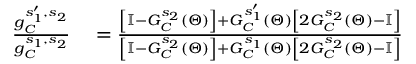
\begin{array} { r l } { \frac { g _ { C } ^ { s _ { 1 } ^ { \prime } , s _ { 2 } } } { g _ { C } ^ { s _ { 1 } , s _ { 2 } } } } & { { } = \frac { \left[ \mathbb { I } - G _ { C } ^ { s _ { 2 } } ( \Theta ) \right] + G _ { C } ^ { s _ { 1 } ^ { \prime } } ( \Theta ) \left[ 2 G _ { C } ^ { s _ { 2 } } ( \Theta ) - \mathbb { I } \right] } { \left[ \mathbb { I } - G _ { C } ^ { s _ { 2 } } ( \Theta ) \right] + G _ { C } ^ { s _ { 1 } } ( \Theta ) \left[ 2 G _ { C } ^ { s _ { 2 } } ( \Theta ) - \mathbb { I } \right] } } \end{array}